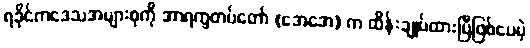
ရခိုင်ကဒေသအများစုကို အာရက္ခတပ်တော် (အေအေ) က ထိန်းချုပ်ထားပြီဖြစ်ပေမဲ့